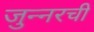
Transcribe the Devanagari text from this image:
जुन्‍नरची